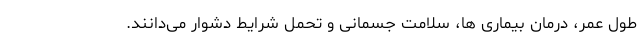
طول عمر، درمان بیماری ها، سلامت جسمانی و تحمل شرایط دشوار می‌دانند.